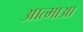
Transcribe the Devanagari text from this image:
आत्माआ